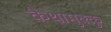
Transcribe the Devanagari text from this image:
कैथामुक्कु